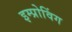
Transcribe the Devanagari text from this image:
इम्प्रोविंग